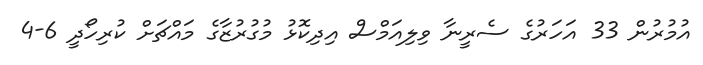
އުމުރުން 33 އަހަރުގެ ސެރީނާ ވިލިއަމްސް އިދިކޮޅު މުގުރުޒާގެ މައްޗަށް ކުރިހޯދީ 6-4